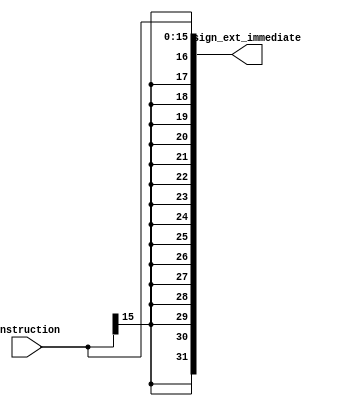
module SignExtend(
    input [15:0] instruction,
    output [31:0] sign_ext_immediate
);
    assign sign_ext_immediate = {{16{instruction[15]}}, instruction};
endmodule